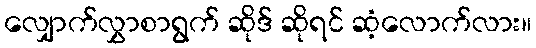
လျှောက်လွှာစာရွက် ဆိုဒ် ဆိုရင် ဆံ့လောက်လား။